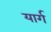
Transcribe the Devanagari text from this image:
यार्ग